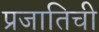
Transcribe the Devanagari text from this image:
प्रजातिची